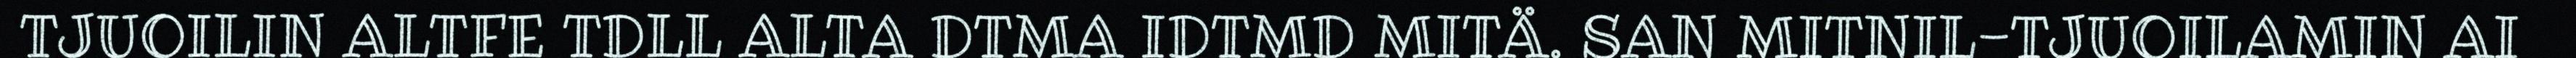
TJUOILIN ALTFE TDLL ALTA DTMA IDTMD MITÄ. SAN MITNIL-TJUOILAMIN AI